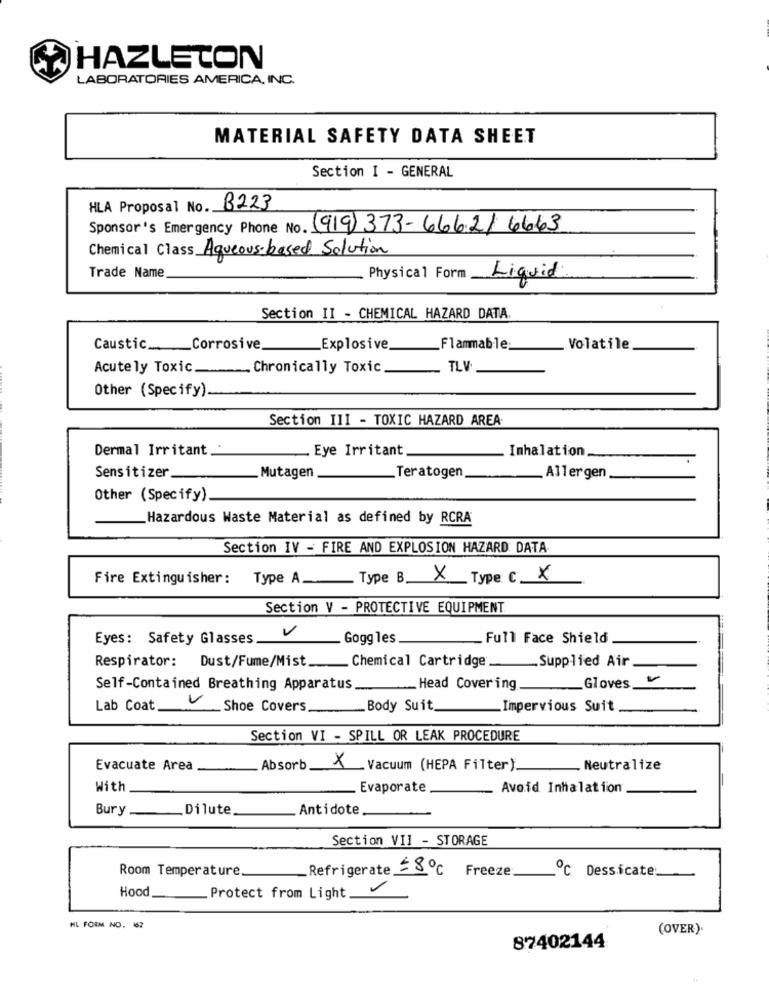
HAZLETON
LABORATORIES AMERICA, INC.
MATERIAL SAFETY DATA SHEET
Section I - GENERAL
HLA Proposal No. B223
Sponsor's Emergency Phone No. (919) 373-6662/ 6663
Chemical Class Aqueous-based Solution
Trade Name
Physical Form
Liquid
Section II - CHEMICAL HAZARD DATA
Caustic _.__ Corrosive
Explosive
Flammable;
Volatile
Acutely Toxic
Chronically Toxic
TLV
Other (Specify).
Section III - TOXIC HAZARD AREA.
Dermal Irritant.
Eye Irritant
Inhalation
Sensitizer
Mutagen
_Teratogen
Allergen
Other (Specify)
Hazardous Waste Material as defined by RCRA
Section IV - FIRE AND EXPLOSION HAZARD DATA
Fire Extinguisher:
Type A Type B X Type C X
Section V - PROTECTIVE EQUIPMENT.
V
Eyes: Safety Glasses
Goggles
_ Full Face Shield
Supplied Air
Respirator: Dust/Fume/Mist.Chemical Cartridge ...
Self-Contained Breathing Apparatus_Head Cover ing
Gloves
Lab Coat
Shoe Covers
Body Suit.
Impervious Suit
Section VI - SPILL OR LEAK PROCEDURE
Evacuate Area
Absorb
× Vacuum (HEPA Filter).
. Neutralize
With
Evaporate
Avoid Inhalation
Bury _Dilute
Antidote
Section VII - STORAGE
Room Temperature
Refrigerate 28ºc Freeze
℃ Dessicate
Hood
.Protect from Light
HL FORM NO. 162
(OVER).
87402144